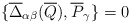
\begin{align*}\{ \overline{\Delta}_{\alpha \beta }(\overline{Q}),\overline{P}_\gamma \} = 0\end{align*}